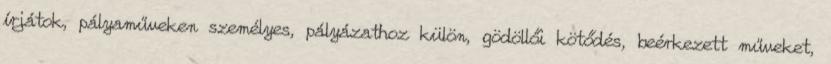
írjátok, pályaműveken személyes, pályázathoz külön, gödöllői kötődés, beérkezett műveket,